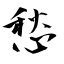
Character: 愁